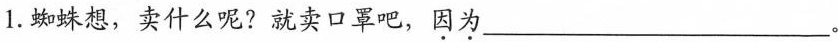
1.蜘蛛想，卖什么呢？就卖口罩吧，因为___。